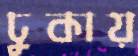
ঢুকায়